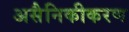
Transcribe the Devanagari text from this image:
असैनिकीकरण